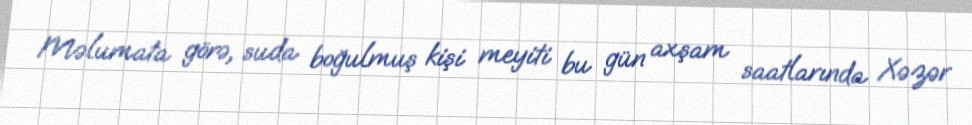
Məlumata görə, suda boğulmuş kişi meyiti bu gün axşam saatlarında Xəzər